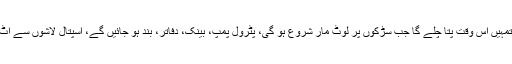
اپنی بات جاری رکھتے ہوئے کہنے لگے کہ وبا کے مضمرات کا تمہیں اُس وقت پتا چلے گا جب سڑکوں پر لوٹ مار شروع ہو گی، پٹرول پمپ، بینک، دفاتر، بند ہو جائیں گے، اسپتال لاشوں سے اٹ جائیں گے اورلوگ ایک دوسر ے کے گھروں پر حملے کریں گے۔